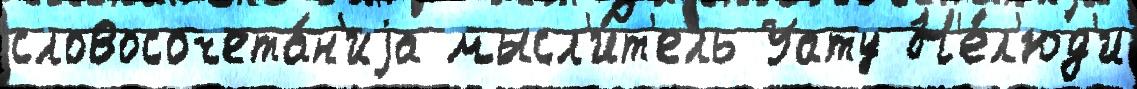
словосочета́н'иjа мысл'и́т'ель Уату Н'е́л'юд'и